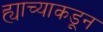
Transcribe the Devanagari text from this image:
ह्याच्याकडून